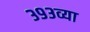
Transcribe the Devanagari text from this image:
३९३व्या